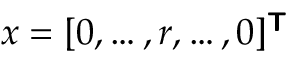
\boldsymbol { x } = [ 0 , \ldots , r , \ldots , 0 ] ^ { \boldsymbol { \mathsf { T } } }